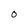
Character: 0